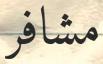
مشافر